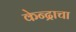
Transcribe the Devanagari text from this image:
केन्द्राचा